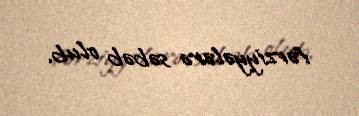
fərziyyələrə səbəb olub.